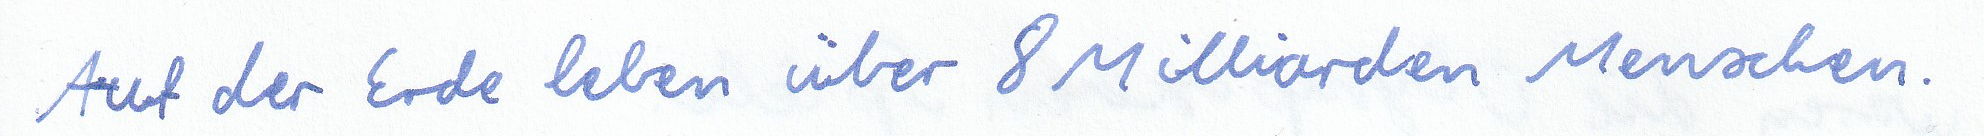
Auf der Erde leben über 8 Milliarden Menschen.